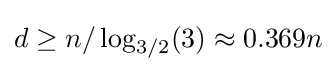
d\geq n/\log _{3/2}(3)\approx 0.369n